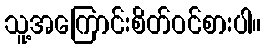
သူ့အကြောင်းစိတ်ဝင်စားပါ။